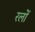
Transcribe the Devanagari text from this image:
रलों